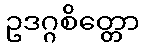
ဥဒဂ္ဂစိတ္တော